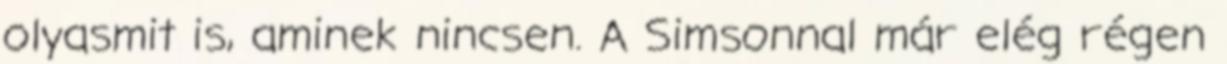
olyasmit is, aminek nincsen. A Simsonnal már elég régen